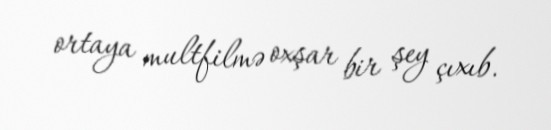
ortaya multfilmə oxşar bir şey çıxıb.